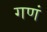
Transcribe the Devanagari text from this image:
गणं